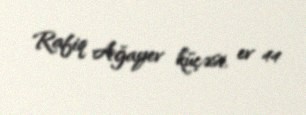
Rafiq Ağayev küçəsi, ev 44